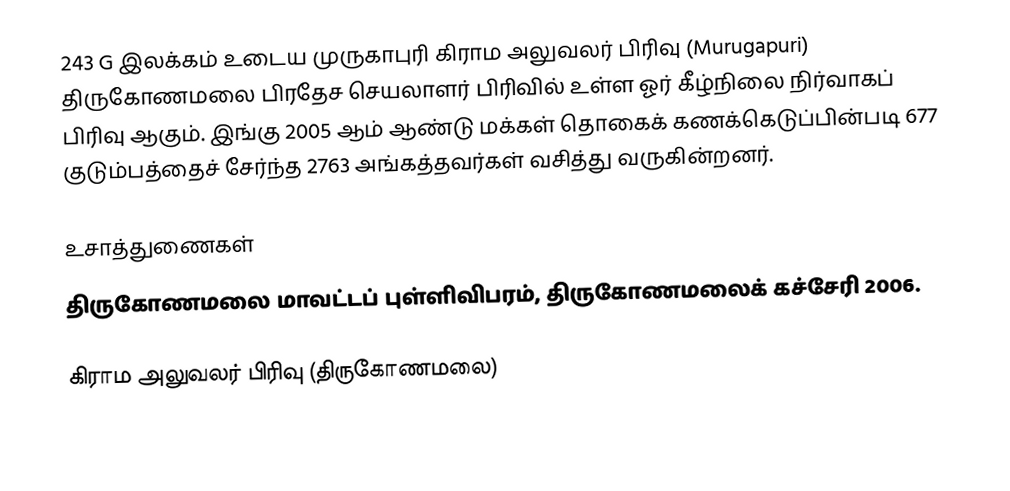
243 G இலக்கம்  உடைய முருகாபுரி கிராம அலுவலர் பிரிவு  (Murugapuri) திருகோணமலை பிரதேச செயலாளர் பிரிவில் உள்ள ஓர் கீழ்நிலை நிர்வாகப் பிரிவு ஆகும். இங்கு 2005 ஆம் ஆண்டு மக்கள் தொகைக் கணக்கெடுப்பின்படி 677 குடும்பத்தைச் சேர்ந்த 2763 அங்கத்தவர்கள் வசித்து வருகின்றனர்.

உசாத்துணைகள்
திருகோணமலை மாவட்டப் புள்ளிவிபரம், திருகோணமலைக் கச்சேரி 2006.

கிராம அலுவலர் பிரிவு (திருகோணமலை)